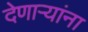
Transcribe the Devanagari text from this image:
देणार्‍यांना